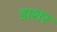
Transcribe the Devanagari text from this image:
डाशर